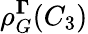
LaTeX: \rho_{G}^{\mathbf\Gamma}(C_{3})